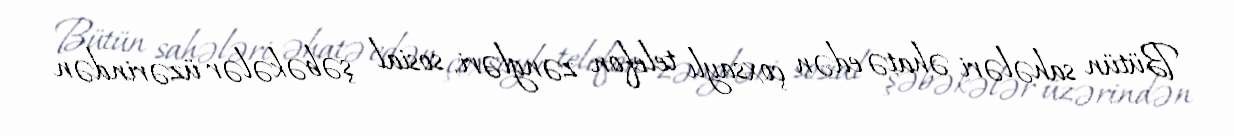
Bütün sahələri əhatə edən çoxsaylı telefon zəngləri, sosial şəbəkələr üzərindən